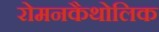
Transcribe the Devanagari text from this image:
रोमनकैथोलिक